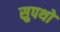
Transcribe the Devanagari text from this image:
सुपथों